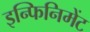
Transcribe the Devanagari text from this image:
इन्फिनिमेंट